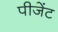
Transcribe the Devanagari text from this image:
पीजेंट